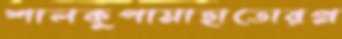
শালকুপামাহাতোরপ্ল